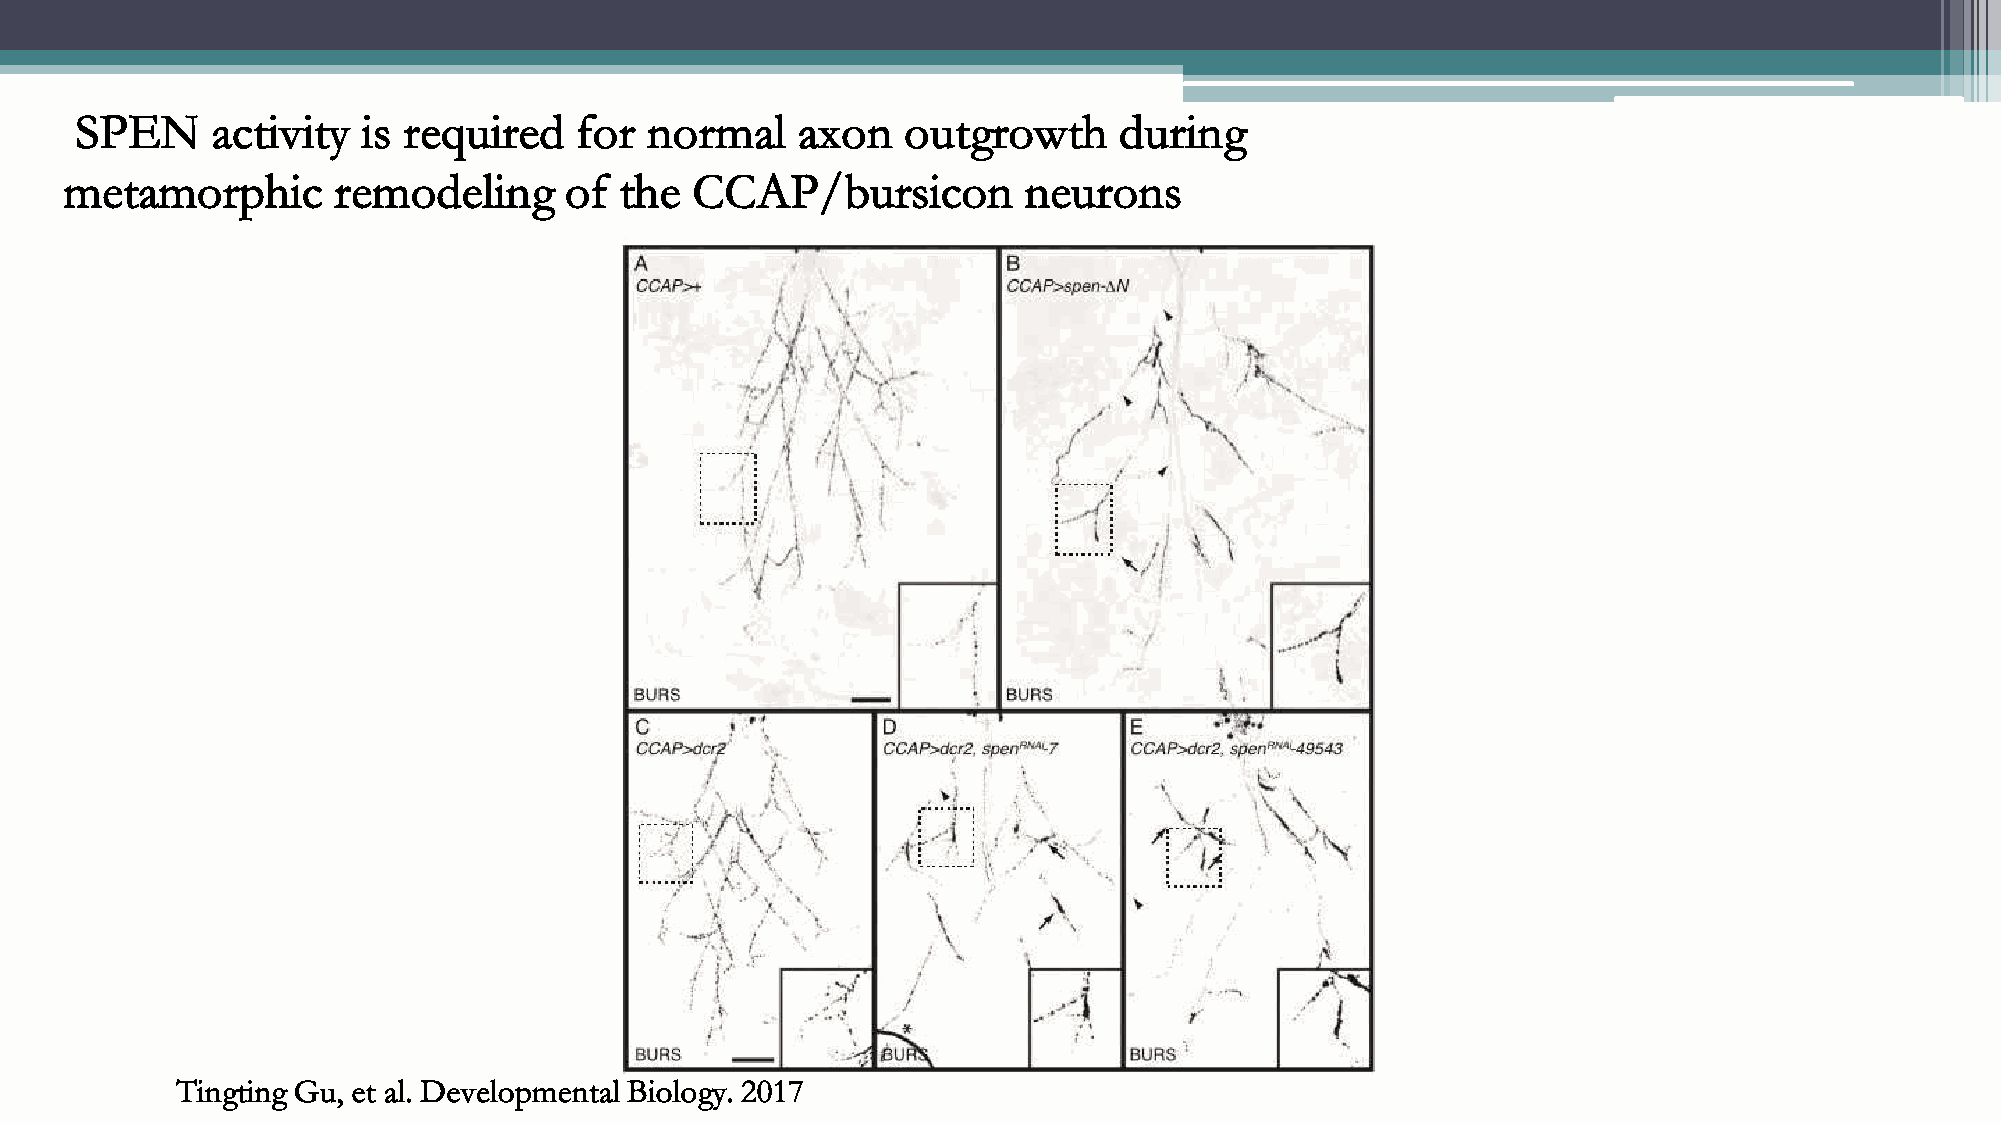
SPEN     activity  is required   for  normal    axon   outgrowth     during
 metamorphic       remodeling     of  the  CCAP/bursicon         neurons
 Tingting Gu, et al. Developmental Biology. 2017